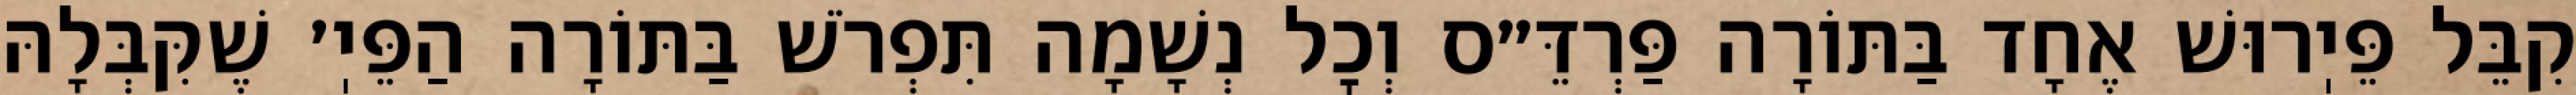
קִבֵּל פֵּיֽרוּשׁ אֶחָד בַּתּוֹרָה פַּרְדֵּ״ס וְכׇל נְשָׁמָה תִּפְרֹשׁ בַּתּוֹרָה הַפֵּיֽ׳ שֶׁקִּבְּלָהּ